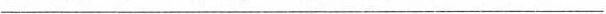
___